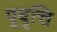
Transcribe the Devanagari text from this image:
पृवृत्ति